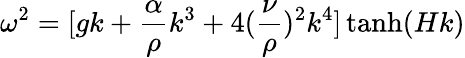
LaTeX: \omega^{2}=[gk+\frac{\alpha}{\rho}k^{3}+4(\frac{\nu}{\rho})^{2}k^{4}]\operatorname{tanh}(Hk)